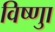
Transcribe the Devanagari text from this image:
विष्णुा